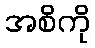
အစိကို